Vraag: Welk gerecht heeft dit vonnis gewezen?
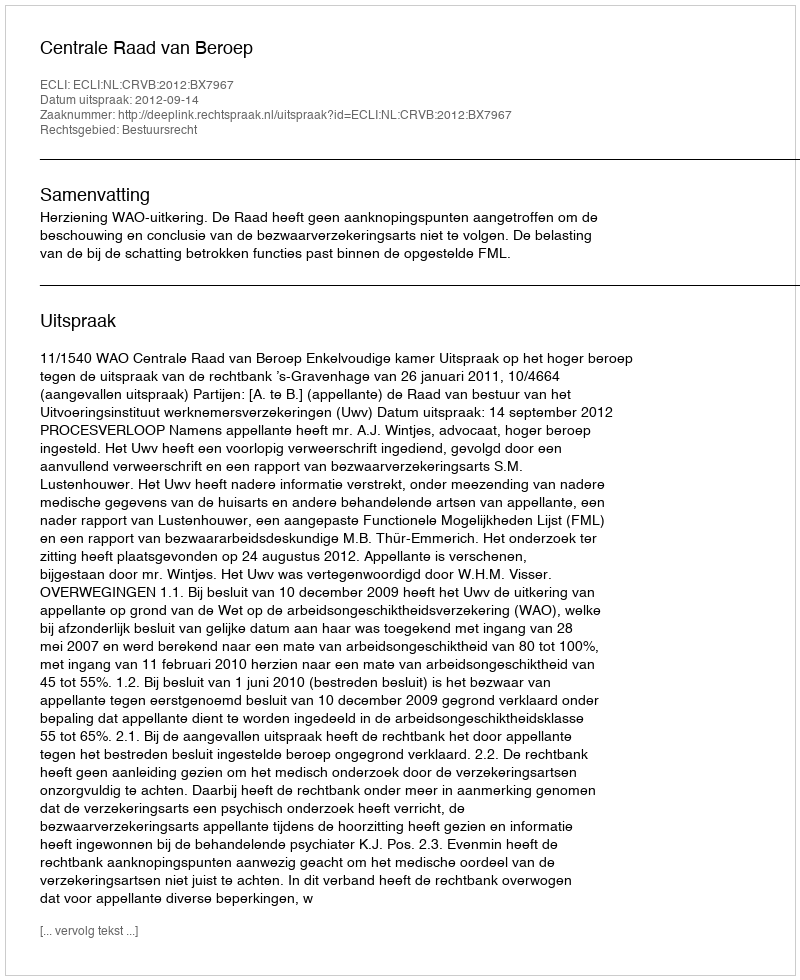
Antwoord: Centrale Raad van Beroep